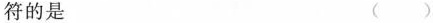
符的是 （ ）